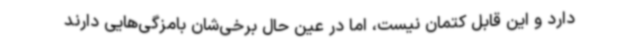
دارد و این قابل کتمان نیست، اما در عین حال برخی‌شان بامزگی‌هایی دارند